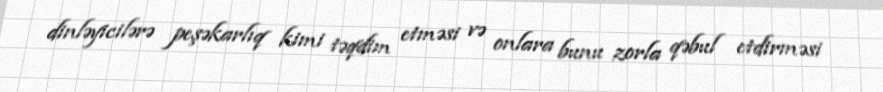
dinləyicilərə peşəkarlıq kimi təqdim etməsi və onlara bunu zorla qəbul etdirməsi